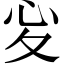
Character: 𢖻